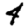
Digit: 4